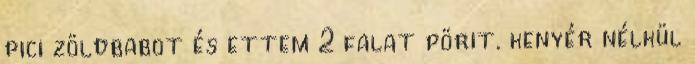
pici zöldbabot és ettem 2 falat pörit. kenyér nélkül